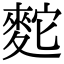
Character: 䴱